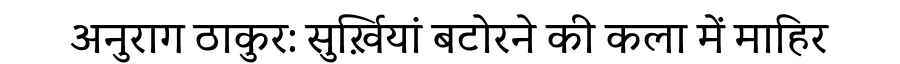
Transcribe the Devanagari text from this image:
अनुराग ठाकुर: सुर्ख़ियां बटोरने की कला में माहिर